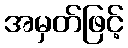
အမှတ်ဖြင့်